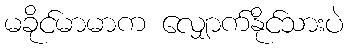
မခိုင်မာမာက လျှောက်နိုင်သားပဲ